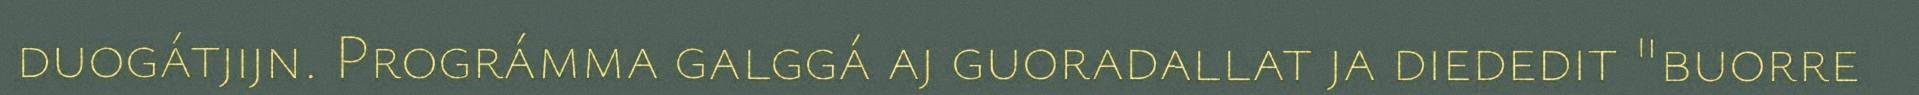
duogátjijn. Prográmma galggá aj guoradallat ja diededit "buorre